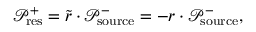
\mathcal { P } _ { \mathrm { r e s } } ^ { + } = \tilde { r } \cdot \mathcal { P } _ { \mathrm { s o u r c e } } ^ { - } = - r \cdot \mathcal { P } _ { \mathrm { s o u r c e } } ^ { - } ,